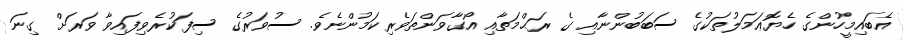
އެބައިމީހުންގެ ހެޔޮޢަމަލުތަކުގެ ސަބަބުންނާއި ގެ ރަޙްމަތާއި އޯގާވަންތަވެރިކަމުންނެވެ. ސުވަރުގެ ސިފަކުރެވިފައިވާ ވަރަށް ގިނަ